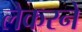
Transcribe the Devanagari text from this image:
लेकरने